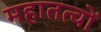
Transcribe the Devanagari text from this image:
महातत्वों